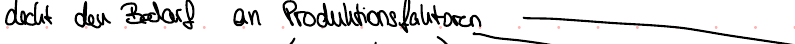
deckt den Bedarf an Produktionsfaktoren